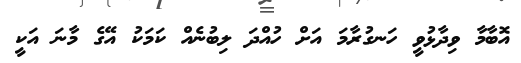
އޮބާމާ ވިދާޅުވީ ހަނގުރާމަ އަށް ހުއްދަ ލިބުނެއް ކަމަކު އޭގެ މާނަ އަކީ